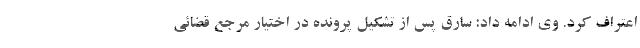
اعتراف کرد. وی ادامه داد: سارق پس از تشکیل پرونده در اختیار مرجع قضائی